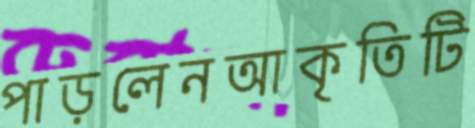
পাড়লেনআকৃতিটি